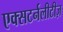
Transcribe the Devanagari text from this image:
एक्सटर्नलीटीज़